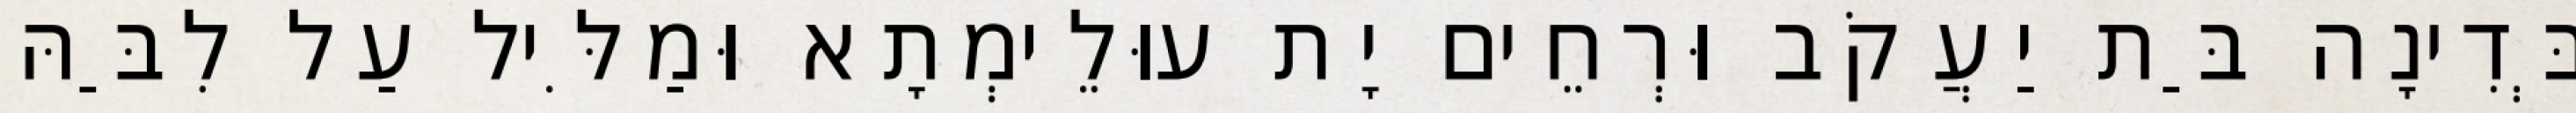
בְּדִינָה בַּת יַעֲקֹב וּרְחֵים יָת עוּלֵימְתָא וּמַלִּיל עַל לִבַּהּ